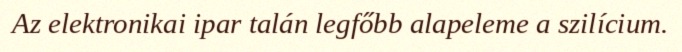
Az elektronikai ipar talán legfőbb alapeleme a szilícium.